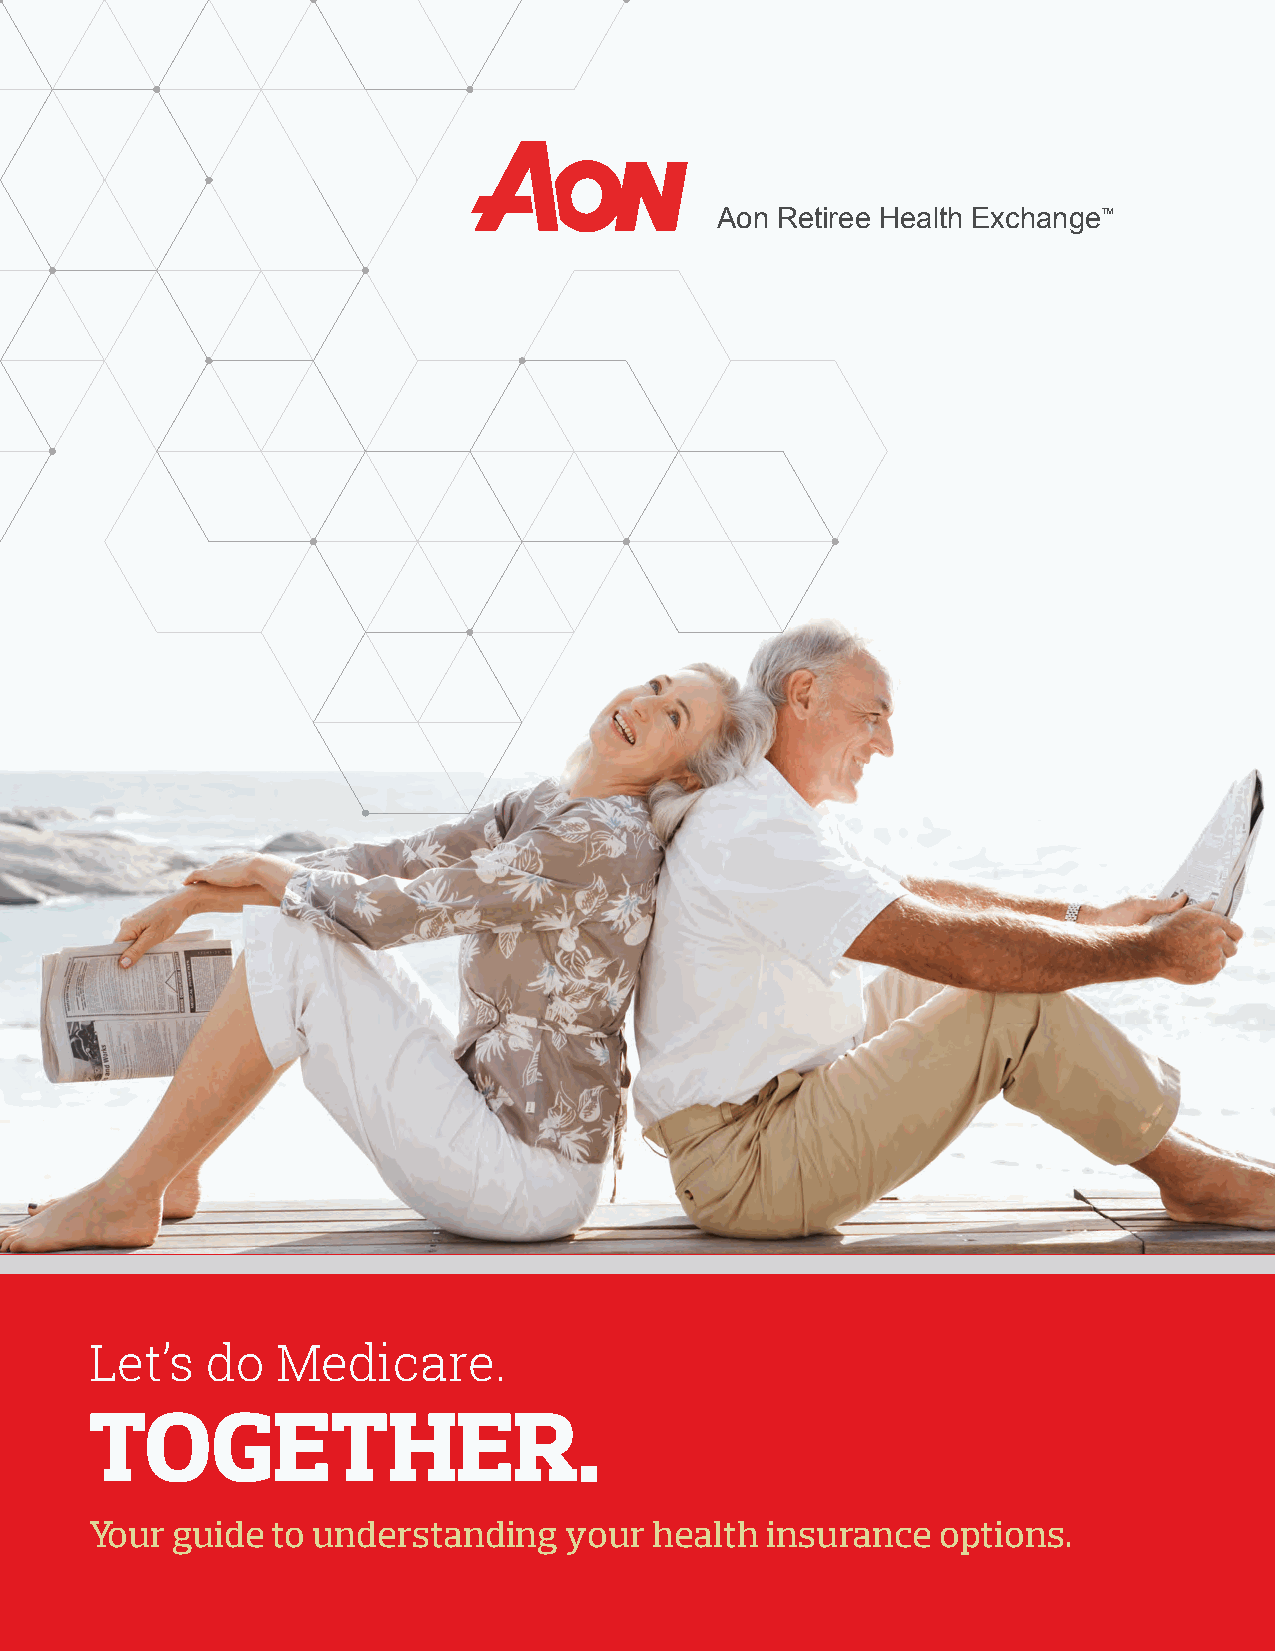
Aon Retiree Health Exchange™
 Let’s   do  Medicare.
 TOGETHER.
 Your guide  to understanding   your  health  insurance  options.